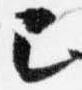
己